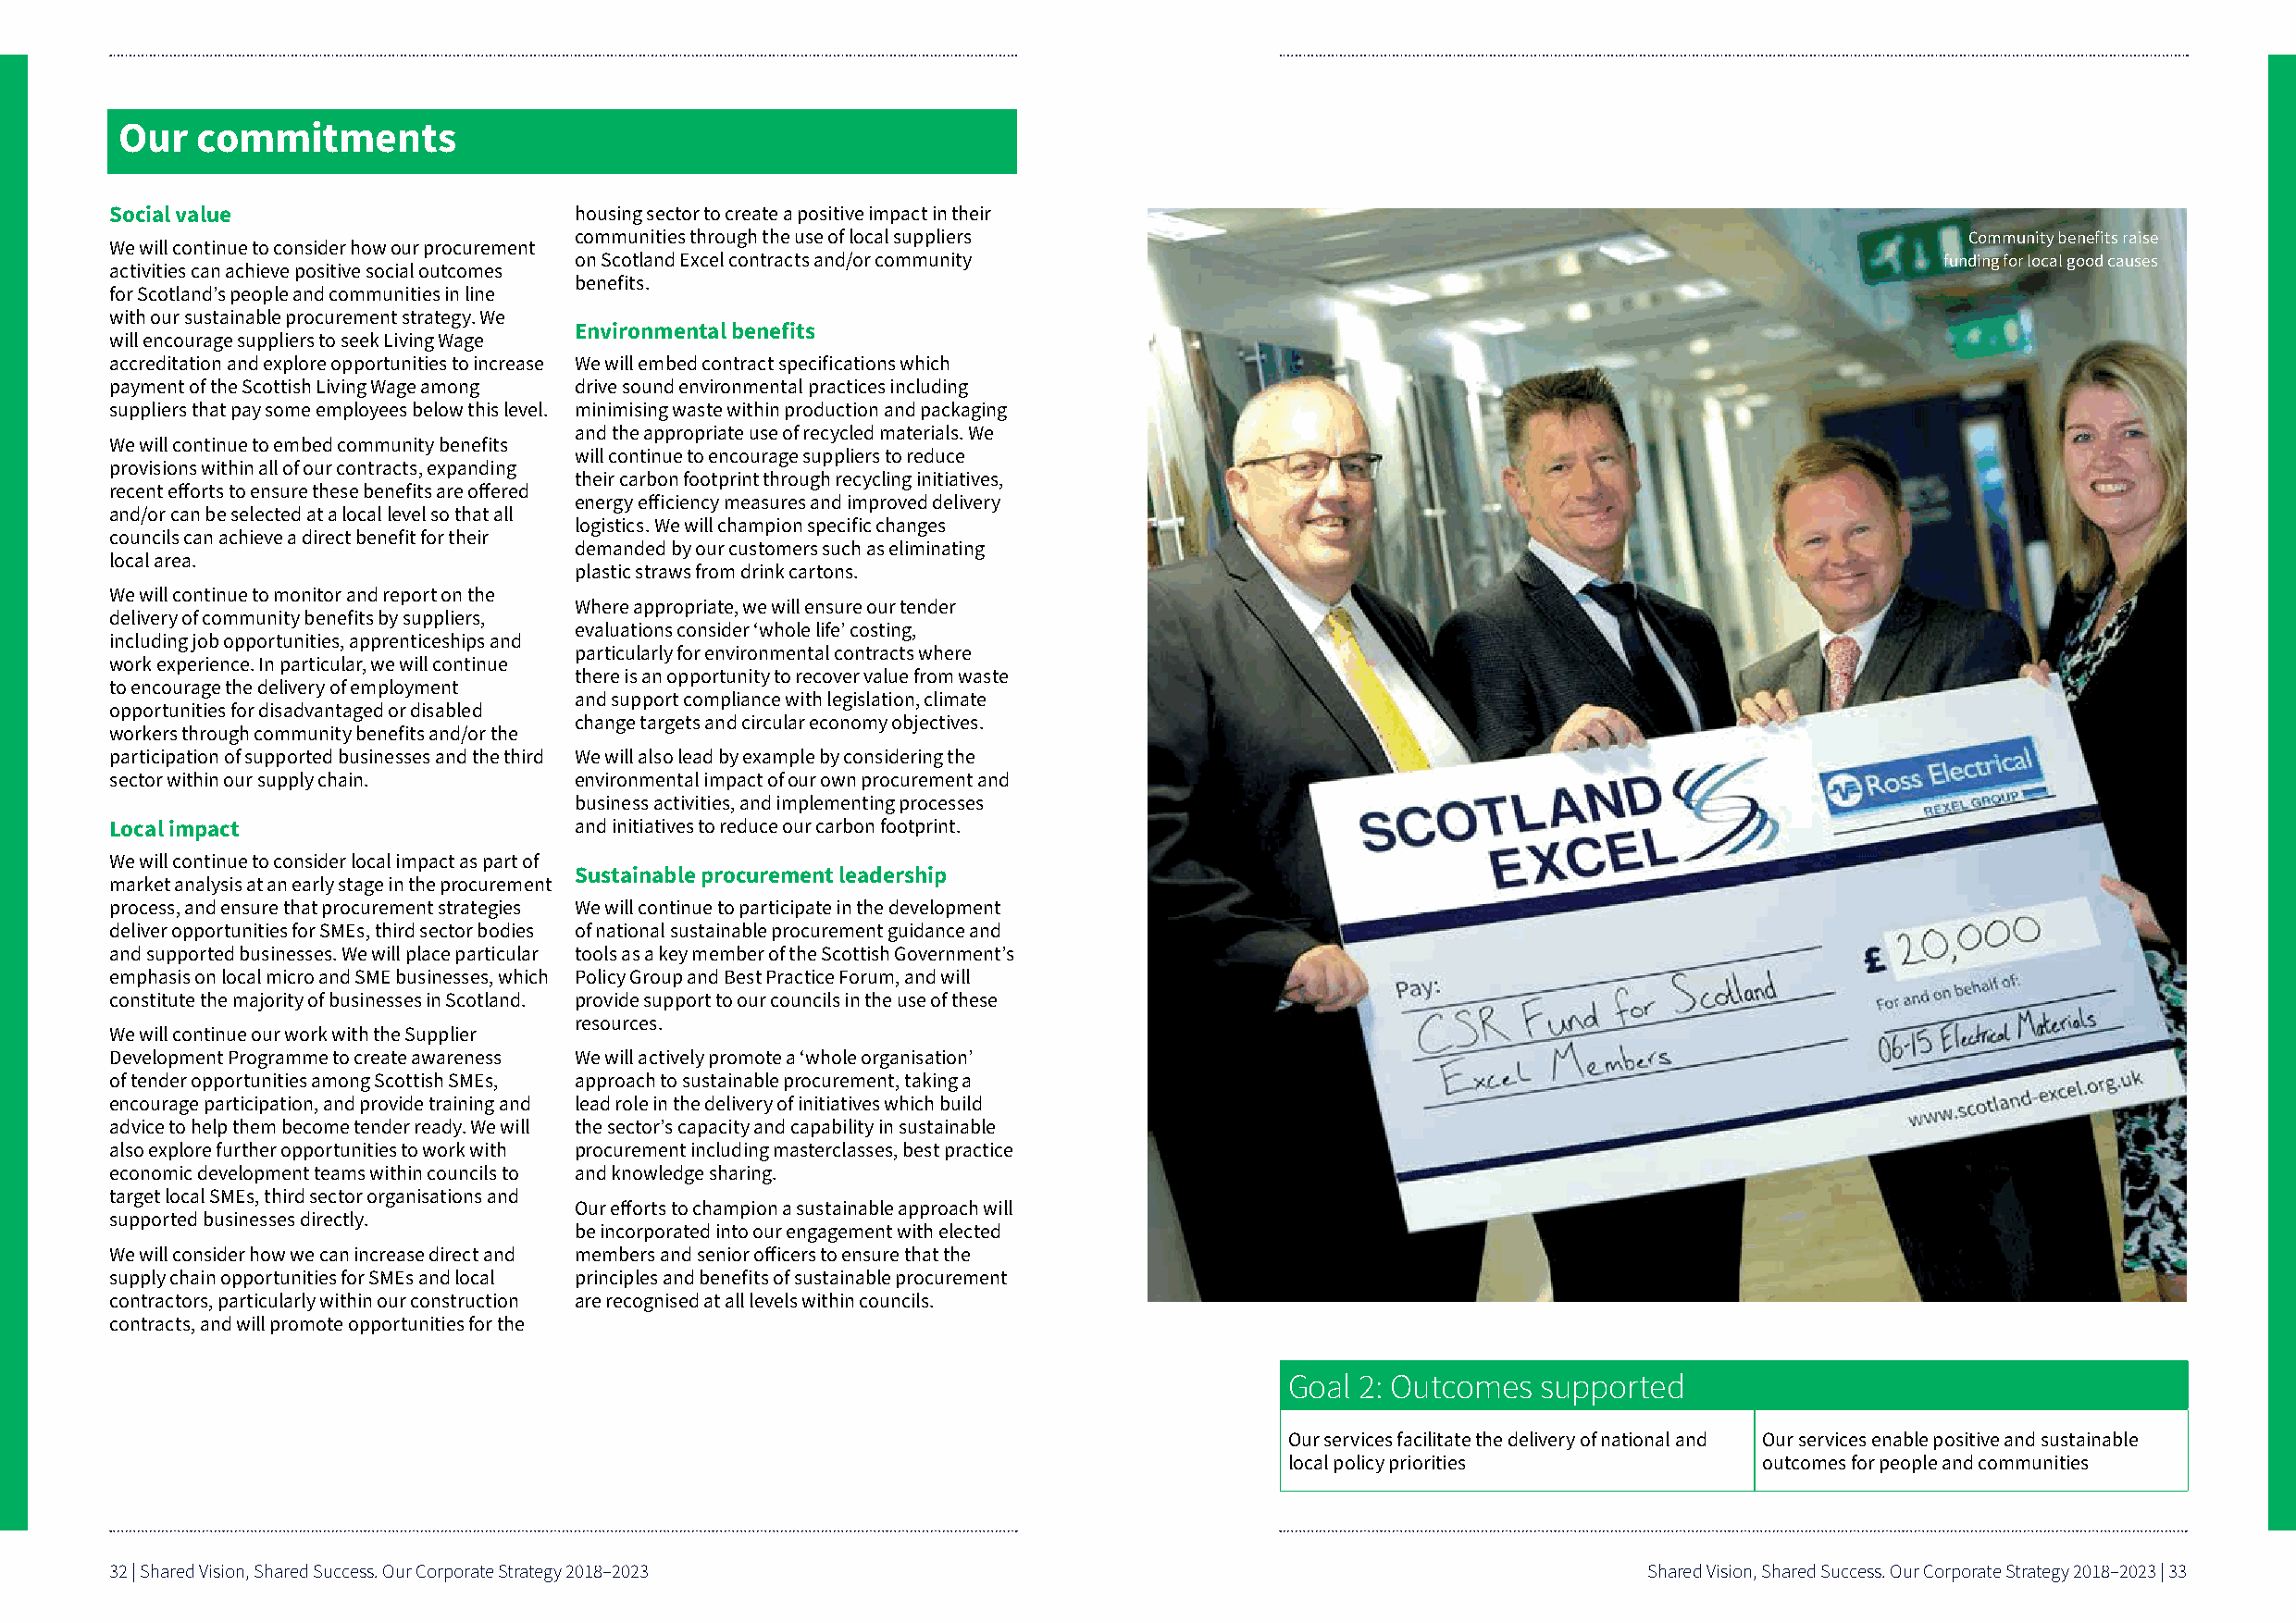
Our   commitments
 Social value                     housing sector to create a positive impact in their
 communities through the use of local suppliers                                                      Community benefits raise
 We will continue to consider how our procurement
 on Scotland Excel contracts and/or community                                                      funding for local good causes
 activities can achieve positive social outcomes
 benefits
 for Scotland’s people and communities in line
 with our sustainable procurement strategy We
 Environmental benefits
 will encourage suppliers to seek Living Wage
 accreditation and explore opportunities to increase We will embed contract specifications which
 payment of the Scottish Living Wage among drive sound environmental practices including
 suppliers that pay some employees below this level minimising waste within production and packaging
 and the appropriate use of recycled materials We
 We will continue to embed community benefits
 will continue to encourage suppliers to reduce
 provisions within all of our contracts, expanding
 their carbon footprint through recycling initiatives,
 recent efforts to ensure these benefits are offered
 energy efficiency measures and improved delivery
 and/or can be selected at a local level so that all
 logistics We will champion specific changes
 councils can achieve a direct benefit for their
 demanded by our customers such as eliminating
 local area
 plastic straws from drink cartons
 We will continue to monitor and report on the
 Where appropriate, we will ensure our tender
 delivery of community benefits by suppliers,
 evaluations consider ‘whole life’ costing,
 including job opportunities, apprenticeships and
 particularly for environmental contracts where
 work experience In particular, we will continue
 there is an opportunity to recover value from waste
 to encourage the delivery of employment
 and support compliance with legislation, climate
 opportunities for disadvantaged or disabled
 change targets and circular economy objectives
 workers through community benefits and/or the
 participation of supported businesses and the third We will also lead by example by considering the
 sector within our supply chain   environmental impact of our own procurement and
 business activities, and implementing processes
 Local impact                     and initiatives to reduce our carbon footprint
 We will continue to consider local impact as part of
 Sustainable procurement leadership
 market analysis at an early stage in the procurement
 process, and ensure that procurement strategies We will continue to participate in the development
 deliver opportunities for SMEs, third sector bodies of national sustainable procurement guidance and
 and supported businesses We will place particular tools as a key member of the Scottish Government’s
 emphasis on local micro and SME businesses, which Policy Group and Best Practice Forum, and will
 constitute the majority of businesses in Scotland provide support to our councils in the use of these
 resources
 We will continue our work with the Supplier
 Development Programme to create awareness We will actively promote a ‘whole organisation’
 of tender opportunities among Scottish SMEs, approach to sustainable procurement, taking a
 encourage participation, and provide training and lead role in the delivery of initiatives which build
 advice to help them become tender ready We will the sector’s capacity and capability in sustainable
 also explore further opportunities to work with procurement including masterclasses, best practice
 economic development teams within councils to and knowledge sharing
 target local SMEs, third sector organisations and
 Our efforts to champion a sustainable approach will
 supported businesses directly
 be incorporated into our engagement with elected
 We will consider how we can increase direct and members and senior officers to ensure that the
 supply chain opportunities for SMEs and local principles and benefits of sustainable procurement
 contractors, particularly within our construction are recognised at all levels within councils
 contracts, and will promote opportunities for the
 Goal 2: Outcomes  supported
 Our services facilitate the delivery of national and Our services enable positive and sustainable
 local policy priorities           outcomes for people and communities
 32 | Shared Vision, Shared Success. Our Corporate Strategy 2018–2023                                          Shared Vision, Shared Success. Our Corporate Strategy 2018–2023 | 33